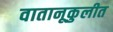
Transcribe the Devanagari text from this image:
वातानूकुलीत